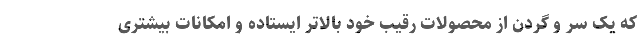
که یک سر و گردن از محصولات رقیب خود بالاتر ایستاده و امکانات بیشتری